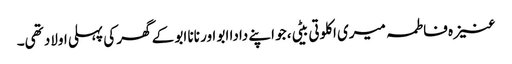
عنیزہ فاطمہ میری اکلوتی بیٹی، جو اپنے دادا ابو اور نانا ابو کے گھر کی پہلی اولاد تھی۔